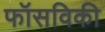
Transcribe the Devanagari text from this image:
फॉसविकी